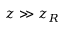
z \gg z _ { R }